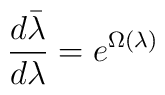
\frac{d\bar \lambda}{d\lambda} = e^{\Omega(\lambda)}